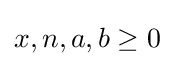
x,n,a,b\geq 0